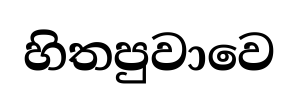
හිතපුවාවෙ